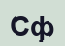
Сф